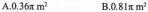
A.0.36\pi m^{2} B.0.81\pi m^{2}